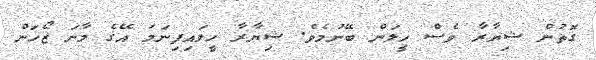
ގޮތުން ޝިޔާރާ ވެސް ހީލަން ބޭނުމެވެ. ޝިޔާރާ ހީލައިފިނަމަ އޭގެ މާނަ ޒޯހަން